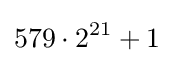
579\cdot 2^{21}+1